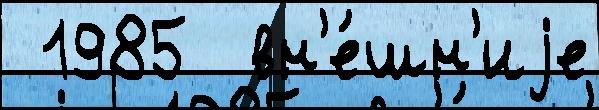
 1985  вн'е́шн'иjе